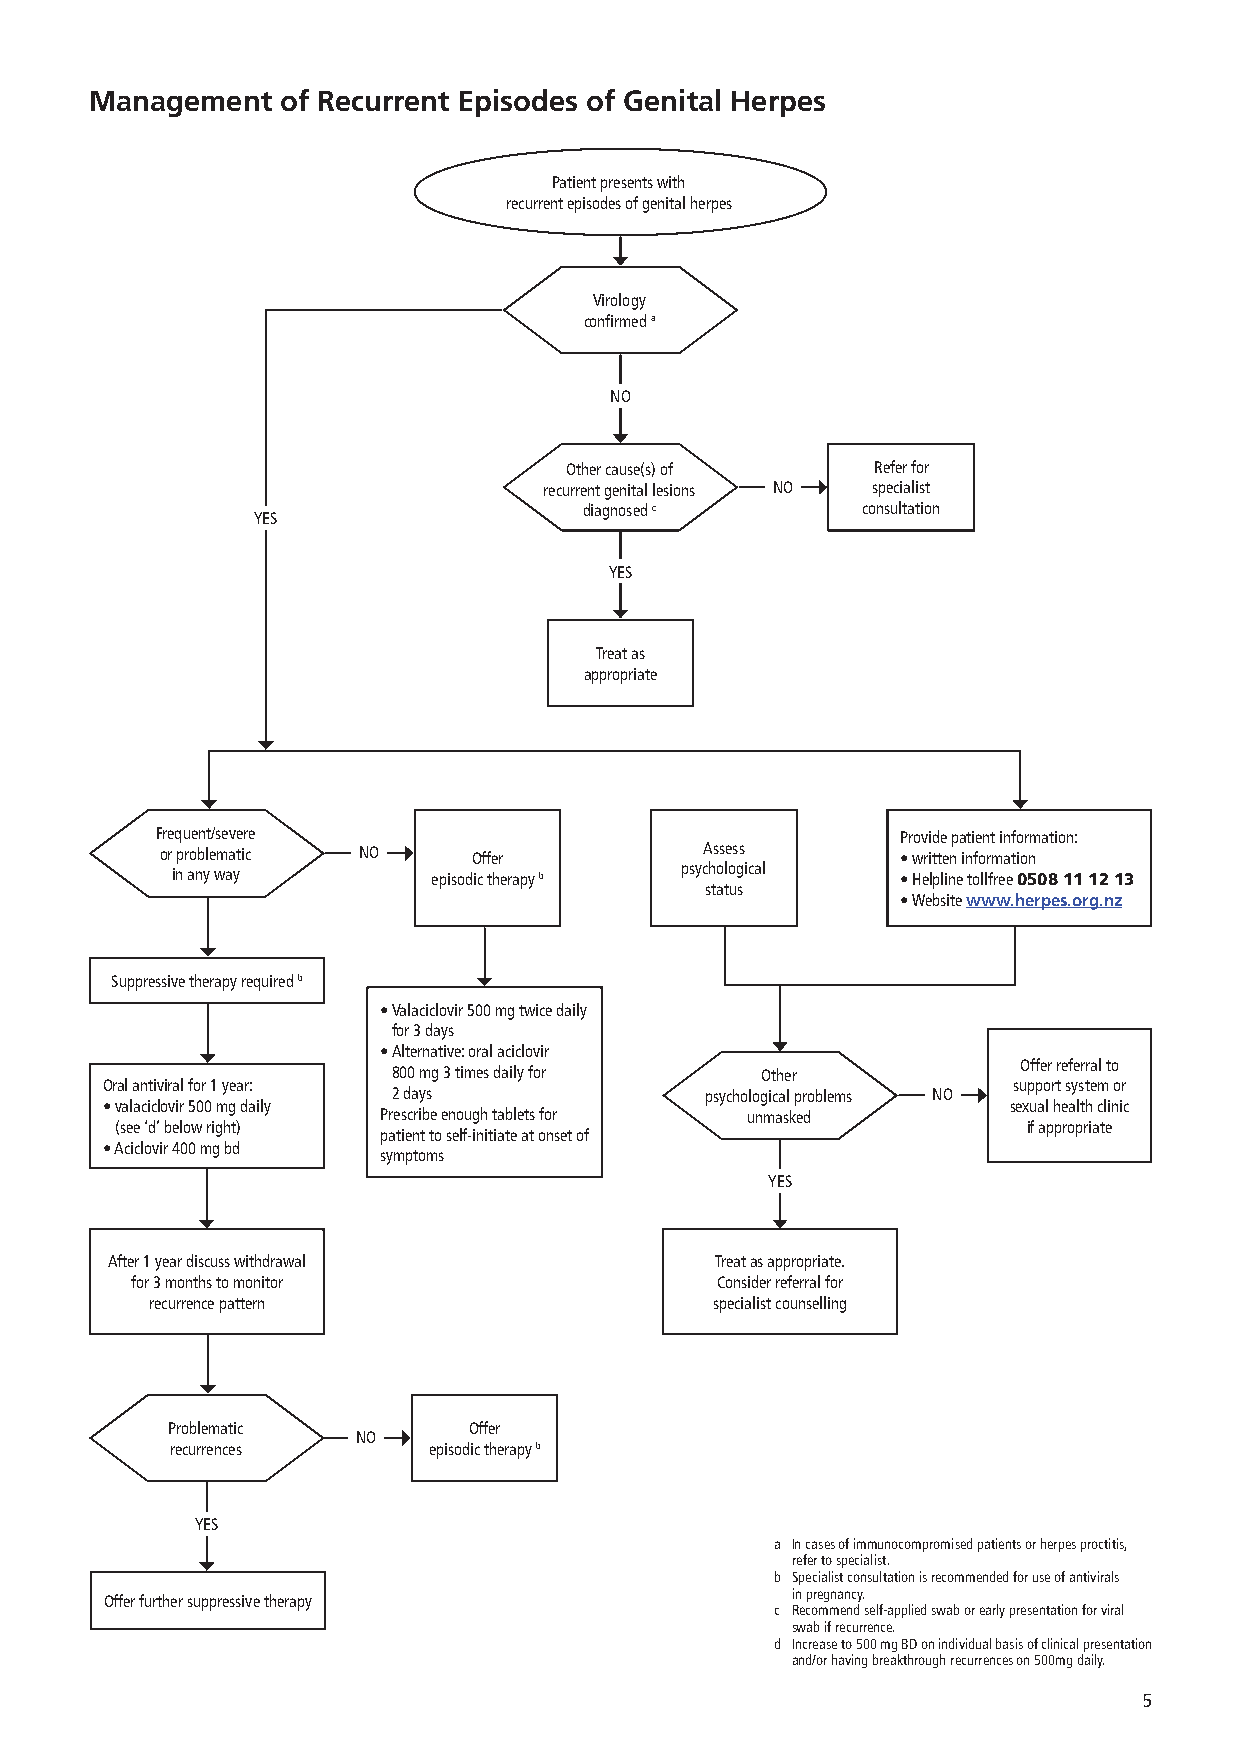
Management   of Recurrent Episodes of Genital Herpes
 Patient presents with
 recurrent episodes of genital herpes
 Virology
 confirmed a
 NO
 Other cause(s) of    Refer for
 recurrent genital lesions NO specialist
 diagnosed c       consultation
 YES
 YES
 Treat as
 appropriate
 Frequent/severe                                   Provide patient information:
 or problematic NO   Offer           Assess       • written information
 in any way        episodic therapy b psychological • Helpline tollfree 0508 11 12 13
 status
 • Website www.herpes.org.nz
 Suppressive therapy required b
 • Valaciclovir 500 mg twice daily
 for 3 days
 • Alternative: oral aciclovir
 Offer referral to
 800 mg 3 times daily for Other
 Oral antiviral for 1 year:                                  support system or
 2 days               psychological problems NO
 • valaciclovir 500 mg daily                                 sexual health clinic
 Prescribe enough tablets for unmasked
 (see ‘d’ below right)                                       if appropriate
 patient to self-initiate at onset of
 • Aciclovir 400 mg bd
 symptoms
 YES
 After 1 year discuss withdrawal         Treat as appropriate.
 for 3 months to monitor               Consider referral for
 recurrence pattern                   specialist counselling
 Problematic         Offer
 NO
 recurrences      episodic therapy b
 YES
 a In cases of immunocompromised patients or herpes proctitis,
 refer to specialist.
 b Specialist consultation is recommended for use of antivirals
 in pregnancy.
 Offer further suppressive therapy
 c Recommend self-applied swab or early presentation for viral
 swab if recurrence.
 d Increase to 500 mg BD on individual basis of clinical presentation
 and/or having breakthrough recurrences on 500mg daily.
 5